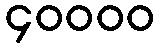
၄၀၀၀၀